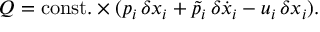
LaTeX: Q = \mathrm { c o n s t . } \times ( p _ { i } \, \delta x _ { i } + \tilde { p } _ { i } \, \delta \dot { x } _ { i } - u _ { i } \, \delta x _ { i } ) .